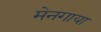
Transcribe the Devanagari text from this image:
मेनगाया